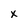
Character: x